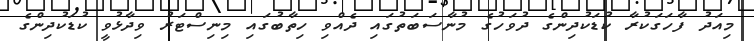
މިއަދު ފާހަގަކުރާ ކުޑަކުދިންގެ ދުވަހުގެ މުނާސަބަތުގައި ދެއްވި ހިތާބުގައި މިނިސްޓަރު ވިދާޅުވީ ކުޑަކުދިންގެ